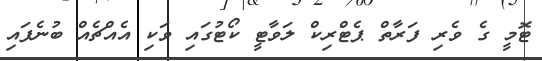
ޓޮމީ ގެ ވެރި ފަރާތް ޕެޓްރިކް ލަވާޓީ ކޯޓުގައި ވަކި އެއްޗެއް ބުނެފައި